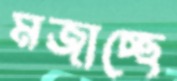
মজাচ্ছে